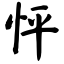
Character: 怦